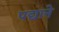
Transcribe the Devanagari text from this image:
पद्याने